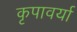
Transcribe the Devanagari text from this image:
कृपावर्या